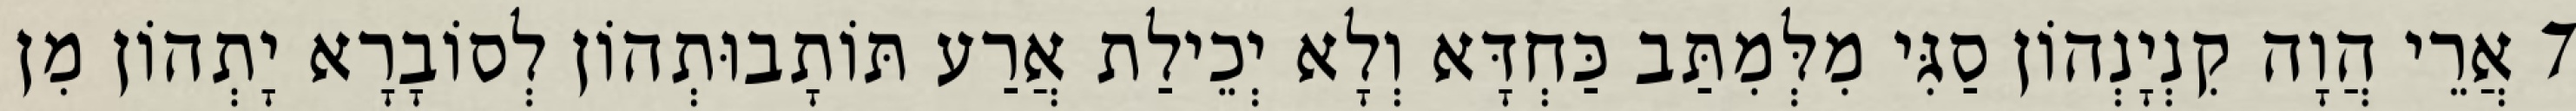
7 אֲרֵי הֲוָה קִנְיָנְהוֹן סַגִּי מִלְּמִתַּב כַּחְדָּא וְלָא יְכֵילַת אֲרַע תּוֹתָבוּתְהוֹן לְסוֹבָרָא יָתְהוֹן מִן